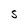
Character: S